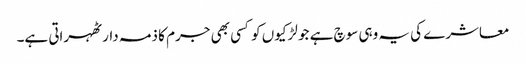
معاشرے کی یہ وہی سوچ ہے جو لڑکیوں کو کسی بھی جرم کا ذمہ دار ٹھہراتی ہے۔